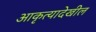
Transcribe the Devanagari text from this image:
आकृत्यादेखील